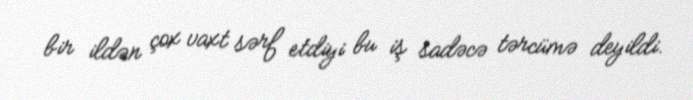
bir ildən çox vaxt sərf etdiyi bu iş sadəcə tərcümə deyildi.